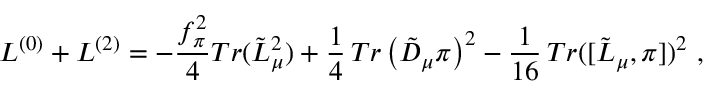
{ \cal L } ^ { ( 0 ) } + { \cal L } ^ { ( 2 ) } = - \frac { f _ { \pi } ^ { 2 } } { 4 } T r ( { \tilde { L } } _ { \mu } ^ { 2 } ) + \frac 1 4 \, T r \left( { \tilde { D } } _ { \mu } \pi \right) ^ { 2 } - \frac { 1 } { 1 6 } \, T r ( [ { \tilde { L } } _ { \mu } , \pi ] ) ^ { 2 } \ ,